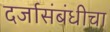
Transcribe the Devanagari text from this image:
दर्जासंबंधीचा